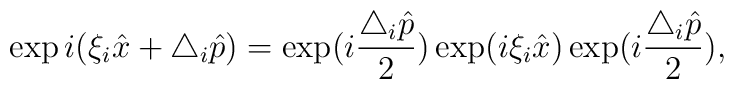
\exp i(\xi _i \hat{x}+\triangle _i\hat{p})=\exp(i\frac{\triangle _i\hat{p}}{2})\exp (i\xi _i \hat{x}) \exp(i\frac{\triangle _i\hat{p}}{2}),